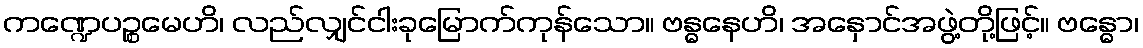
ကဏ္ဍေပဉ္စမေဟိ၊ လည်လျှင်ငါးခုမြောက်ကုန်သော။ ဗန္ဓနေဟိ၊ အနှောင်အဖွဲ့တို့ဖြင့်။ ဗန္ဓော၊